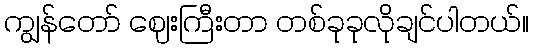
ကျွန်တော် ဈေးကြီးတာ တစ်ခုခုလိုချင်ပါတယ်။